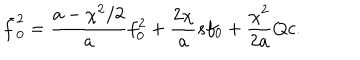
LaTeX: \bar { f } _ { 0 } ^ { 2 } = \frac { a - \chi ^ { 2 } / 2 } { a } f _ { 0 } ^ { 2 } + \frac { 2 \chi } { a } s f _ { 0 } + \frac { \chi ^ { 2 } } { 2 a } Q c .